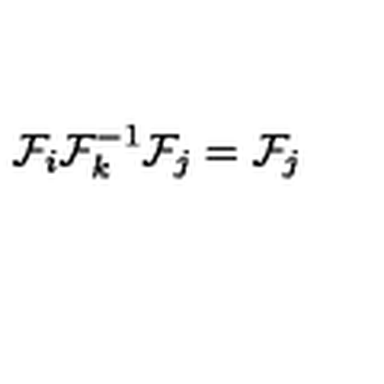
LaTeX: \mathcal { F } _ { i } \mathcal { F } _ { k } ^ { - 1 } \mathcal { F } _ { j } = \mathcal { F } _ { j }